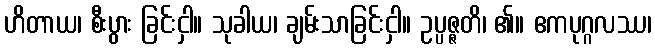
ဟိတာယ၊ စီးပွား ခြင်းငှါ။ သုခါယ၊ ချမ်းသာခြင်းငှါ။ ဥပ္ပဇ္ဇတိ၊ ၏။ ဧကပုဂ္ဂလဿ၊